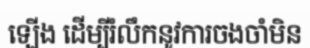
ឡើង ដើម្បីរំលឹកនូវការចងចាំមិន